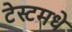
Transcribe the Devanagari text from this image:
टेस्टमधे